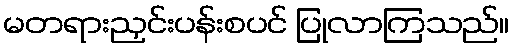
မတရားညှင်းပန်းစပင် ပြုလာကြသည်။